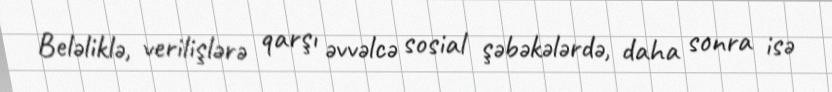
Beləliklə, verilişlərə qarşı əvvəlcə sosial şəbəkələrdə, daha sonra isə